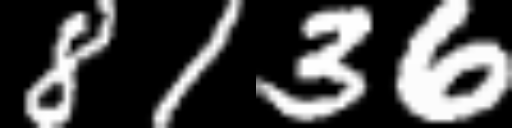
Text: 8136